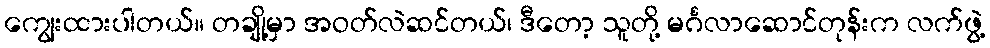
ကျွေးထားပါတယ်။ တချို့မှာ အဝတ်လဲဆင်တယ်၊ ဒီတော့ သူတို့ မင်္ဂလာဆောင်တုန်းက လက်ဖွဲ့